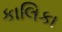
કાલિકા